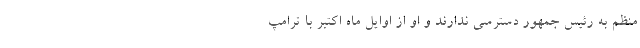
منظم به رئیس جمهور دسترسی ندارند و او از اوایل ماه اکتبر با ترامپ